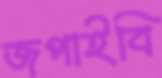
জপাইবি